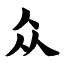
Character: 众